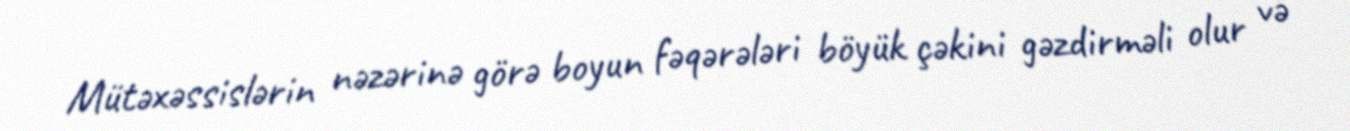
Mütəxəssislərin nəzərinə görə boyun fəqərələri böyük çəkini gəzdirməli olur və